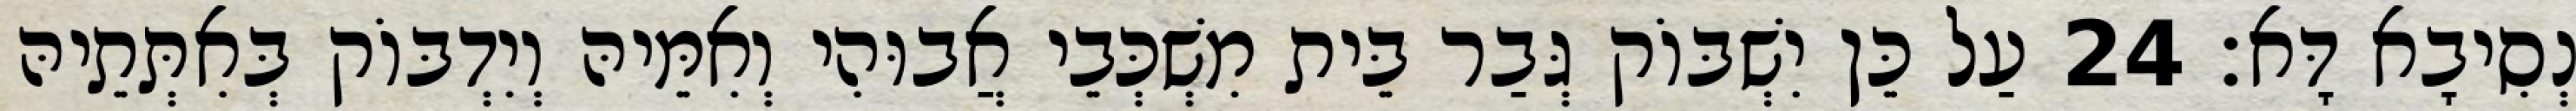
נְסִיבָא דָּא׃ 24 עַל כֵּן יִשְׁבּוֹק גְּבַר בֵּית מִשְׁכְּבֵי אֲבוּהִי וְאִמֵּיהּ וְיִדְבּוֹק בְּאִתְּתֵיהּ